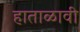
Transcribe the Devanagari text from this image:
हाताळावी